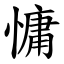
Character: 慵